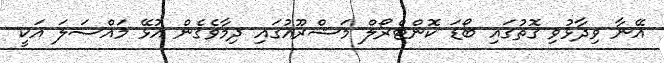
އޭނާ ވިދާޅުވި ގޮތުގައި ބޯޑަ ކޮންޓްރޯލް މަޝްރޫއުގައި ދިމާވެގެން އުޅޭ މައްސަލަ އަކީ